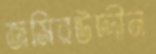
জমিরউদ্দীন